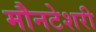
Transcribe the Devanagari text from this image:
मौनटेशरी